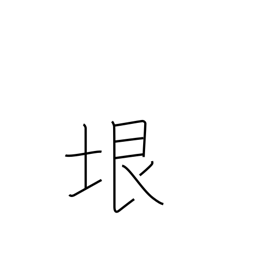
Meaning: limit